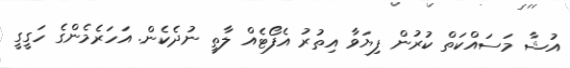
އުޝާ މަސައްކަތް ކުރުން ފިޔަވާ އިތުރު އެފޯޓެއް ލާތީ ނުދެކެން. އަހަރެމެންގެ ހަގީގީ